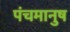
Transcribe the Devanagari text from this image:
पंचमानुष